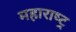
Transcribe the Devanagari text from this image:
महाराष्‍ट्र